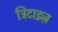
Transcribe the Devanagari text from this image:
ट्रिटाइज़